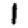
Digit: 1